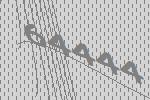
64444